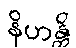
နိဟန္တိ